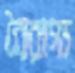
বৈরাগ্য